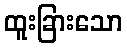
ထူးခြားသော